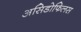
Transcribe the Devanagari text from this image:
असिडोफिलस